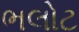
ભલોટ